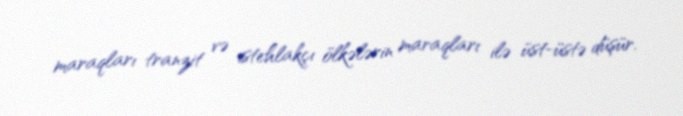
maraqları tranzit və istehlakçı ölkələrin maraqları ilə üst-üstə düşür.